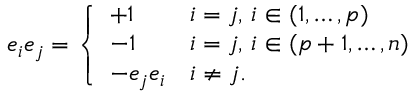
e _ { i } e _ { j } = { \left\{ \begin{array} { l l } { + 1 } & { i = j , \, i \in ( 1 , \ldots , p ) } \\ { - 1 } & { i = j , \, i \in ( p + 1 , \ldots , n ) } \\ { - e _ { j } e _ { i } } & { i \neq j . } \end{array} \right. }